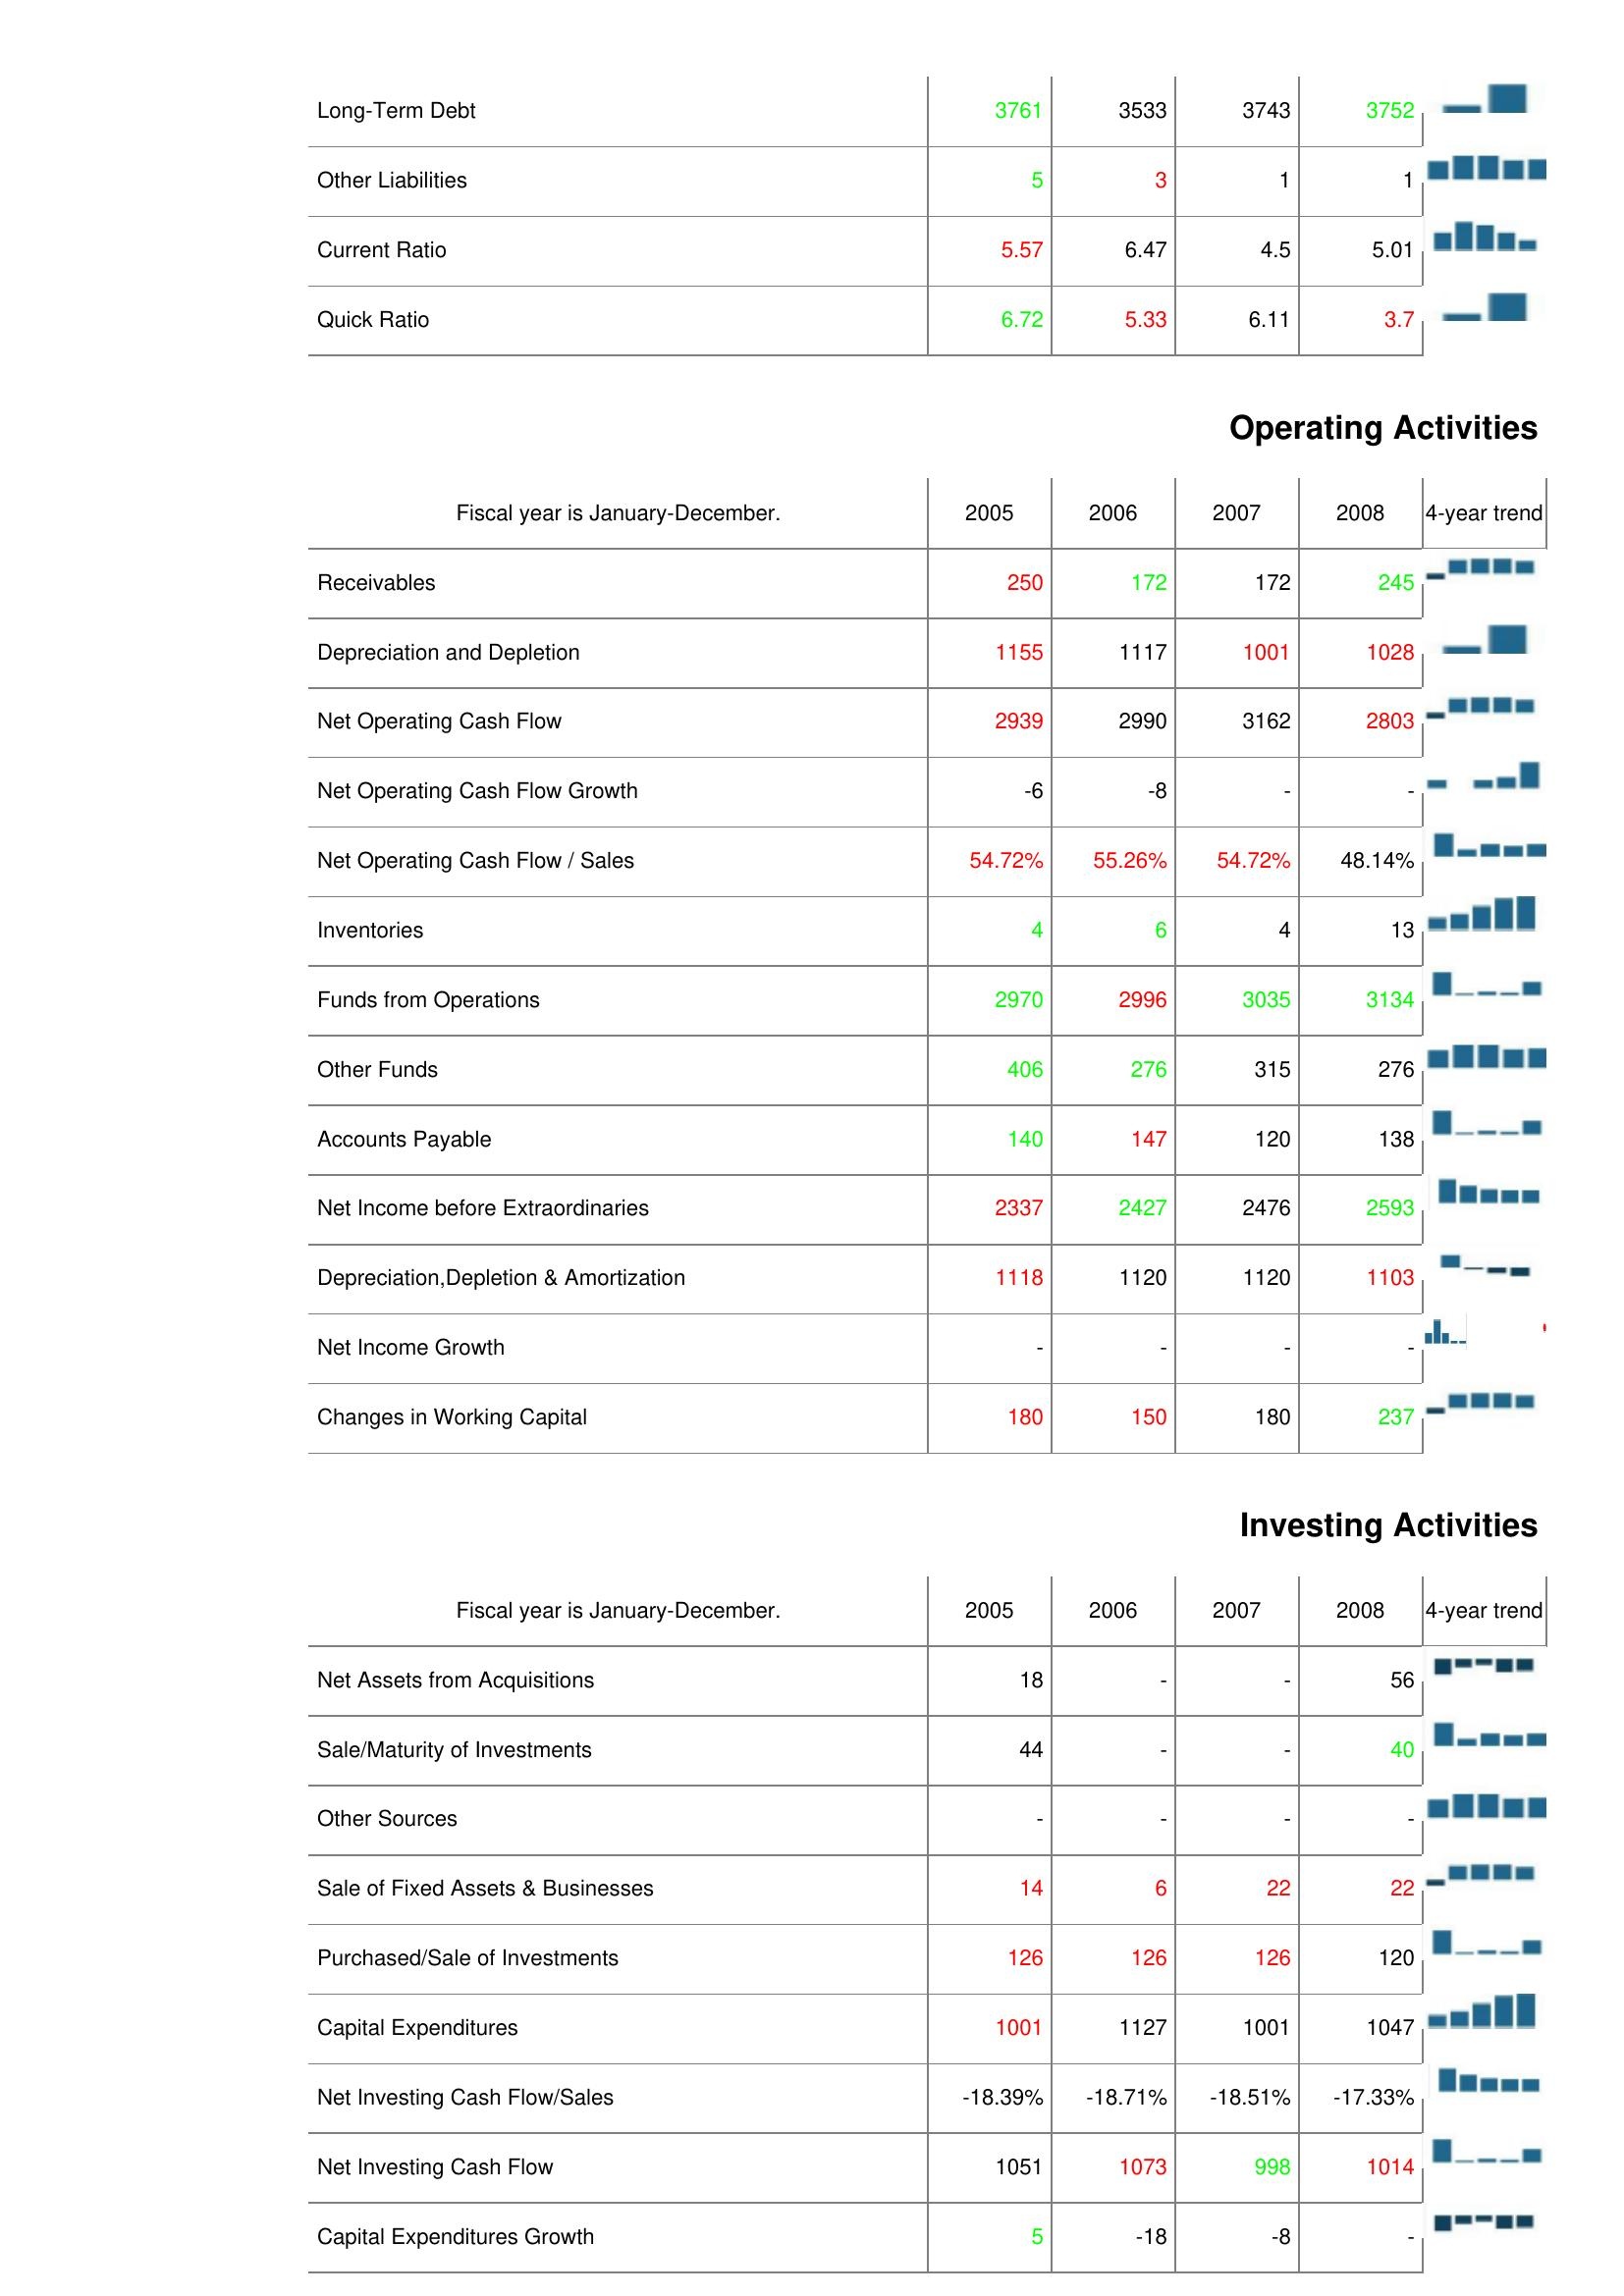
2005: Liabilities & Shareholder's Equity: Long-Term Debt: 3761
Other Liabilities: 5
Current Ratio: 5.57
Quick Ratio: 6.72
Operating Activities: Receivables: 250
Depreciation and Depletion: 1155
Net Operating Cash Flow: 2939
Net Operating Cash Flow Growth: -6
Net Operating Cash Flow / Sales: 54.72%
Inventories: 4
Funds from Operations: 2970
Other Funds: 406
Accounts Payable: 140
Net Income before Extraordinaries: 2337
Depreciation,Depletion & Amortization: 1118
Net Income Growth: -
Changes in Working Capital: 180
Investing Activities: Net Assets from Acquisitions: 18
Sale/Maturity of Investments: 44
Other Sources: -
Sale of Fixed Assets & Businesses: 14
Purchased/Sale of Investments: 126
Capital Expenditures: 1001
Net Investing Cash Flow/Sales: -18.39%
Net Investing Cash Flow: 1051
Capital Expenditures Growth: 5
2006: Liabilities & Shareholder's Equity: Long-Term Debt: 3533
Other Liabilities: 3
Current Ratio: 6.47
Quick Ratio: 5.33
Operating Activities: Receivables: 172
Depreciation and Depletion: 1117
Net Operating Cash Flow: 2990
Net Operating Cash Flow Growth: -8
Net Operating Cash Flow / Sales: 55.26%
Inventories: 6
Funds from Operations: 2996
Other Funds: 276
Accounts Payable: 147
Net Income before Extraordinaries: 2427
Depreciation,Depletion & Amortization: 1120
Net Income Growth: -
Changes in Working Capital: 150
Investing Activities: Net Assets from Acquisitions: -
Sale/Maturity of Investments: -
Other Sources: -
Sale of Fixed Assets & Businesses: 6
Purchased/Sale of Investments: 126
Capital Expenditures: 1127
Net Investing Cash Flow/Sales: -18.71%
Net Investing Cash Flow: 1073
Capital Expenditures Growth: -18
2007: Liabilities & Shareholder's Equity: Long-Term Debt: 3743
Other Liabilities: 1
Current Ratio: 4.5
Quick Ratio: 6.11
Operating Activities: Receivables: 172
Depreciation and Depletion: 1001
Net Operating Cash Flow: 3162
Net Operating Cash Flow Growth: -
Net Operating Cash Flow / Sales: 54.72%
Inventories: 4
Funds from Operations: 3035
Other Funds: 315
Accounts Payable: 120
Net Income before Extraordinaries: 2476
Depreciation,Depletion & Amortization: 1120
Net Income Growth: -
Changes in Working Capital: 180
Investing Activities: Net Assets from Acquisitions: -
Sale/Maturity of Investments: -
Other Sources: -
Sale of Fixed Assets & Businesses: 22
Purchased/Sale of Investments: 126
Capital Expenditures: 1001
Net Investing Cash Flow/Sales: -18.51%
Net Investing Cash Flow: 998
Capital Expenditures Growth: -8
2008: Liabilities & Shareholder's Equity: Long-Term Debt: 3752
Other Liabilities: 1
Current Ratio: 5.01
Quick Ratio: 3.7
Operating Activities: Receivables: 245
Depreciation and Depletion: 1028
Net Operating Cash Flow: 2803
Net Operating Cash Flow Growth: -
Net Operating Cash Flow / Sales: 48.14%
Inventories: 13
Funds from Operations: 3134
Other Funds: 276
Accounts Payable: 138
Net Income before Extraordinaries: 2593
Depreciation,Depletion & Amortization: 1103
Net Income Growth: -
Changes in Working Capital: 237
Investing Activities: Net Assets from Acquisitions: 56
Sale/Maturity of Investments: 40
Other Sources: -
Sale of Fixed Assets & Businesses: 22
Purchased/Sale of Investments: 120
Capital Expenditures: 1047
Net Investing Cash Flow/Sales: -17.33%
Net Investing Cash Flow: 1014
Capital Expenditures Growth: -